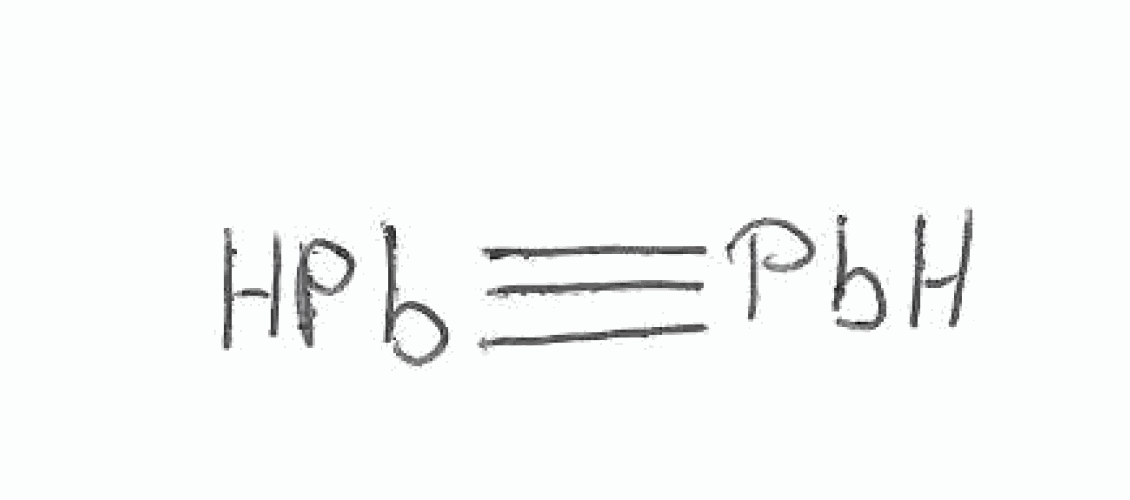
Simplified molecular-input line-entry system (SMILES) notation of the given molecule:
[PbH]#[PbH]